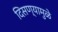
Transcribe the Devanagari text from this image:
दिसण्यामुळे